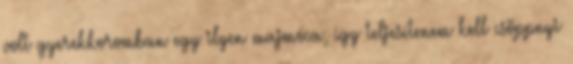
volt gyerekkoromban egy ilyen majmóca, így teljesítenem kell csöppnyi